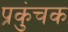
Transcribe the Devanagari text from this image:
प्रकुंचक